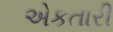
એકતારી